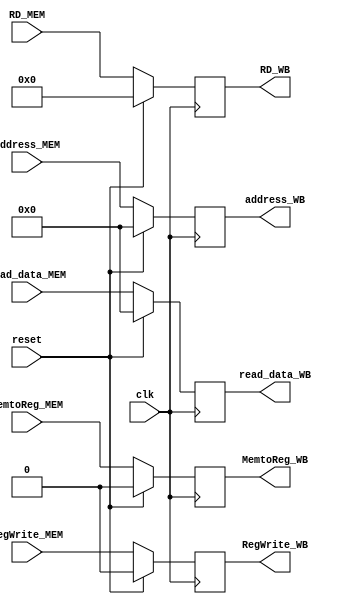
`timescale 1ns / 1ps
//////////////////////////////////////////////////////////////////////////////////
// Company: 
// Engineer: 
// 
// Design Name: 
// Module Name: pipe_MEM_WB
// Project Name: 
// Target Devices: 
// Tool Versions: 
// Description: 
// 
// Dependencies: 
// 
// Revision:
// Revision 0.01 - File Created
// Additional Comments:
// 
//////////////////////////////////////////////////////////////////////////////////


module pipe_MEM_WB(input clk, reset,
                    // semnale pentru wb
                    input MemtoReg_MEM,
                    input RegWrite_MEM,
    
                    input [4:0] RD_MEM,

                    input [31:0] address_MEM,
                    input [31:0] read_data_MEM,

                    // semnale pentru wb
                    output reg MemtoReg_WB,
                    output reg RegWrite_WB,
    
                    output reg [4:0] RD_WB,

                    output reg [31:0] address_WB,
                    output reg [31:0] read_data_WB

);

  always@(posedge clk) begin
    if (reset) begin

        MemtoReg_WB = 0;
        RegWrite_WB = 0;
        RD_WB = 0;
        address_WB = 0;
        read_data_WB = 0;      

    end
    else begin
        MemtoReg_WB = MemtoReg_MEM;
        RegWrite_WB = RegWrite_MEM;
        RD_WB = RD_MEM;
        address_WB = address_MEM;
        read_data_WB = read_data_MEM;

    end
  end

endmodule